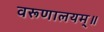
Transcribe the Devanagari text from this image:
वरूणालयम्॥